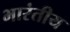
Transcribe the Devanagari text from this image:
भारंतीय